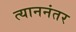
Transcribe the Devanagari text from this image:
त्याननंतर